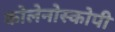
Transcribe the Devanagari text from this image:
कोलेनोस्कोपी